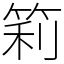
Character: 筣